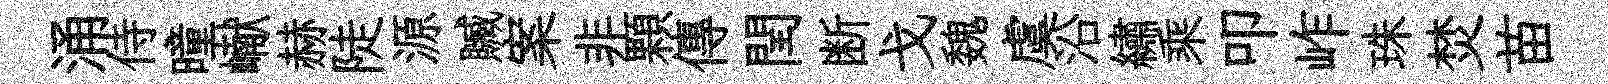
涌侍曈𪩘赫陡源贓案非顆傳閏断戈魏虞沿繡乘叩岞珠焚苗